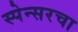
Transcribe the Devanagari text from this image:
स्पेन्सरचा